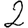
Digit: 2